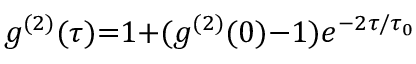
g ^ { ( 2 ) } ( \tau ) { = } 1 { + } ( g ^ { ( 2 ) } ( 0 ) { - } 1 ) e ^ { - 2 \tau / \tau _ { 0 } }